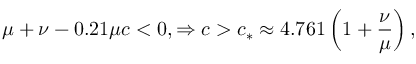
\mu + \nu - 0 . 2 1 \mu c < 0 , \Rightarrow c > c _ { * } \approx 4 . 7 6 1 \left( 1 + \frac { \nu } { \mu } \right) ,